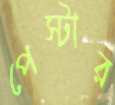
পেস্টার